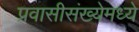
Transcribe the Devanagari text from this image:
प्रवासीसंख्येमध्ये